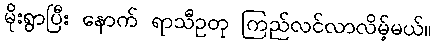
မိုးရွာပြီး နောက် ရာသီဥတု ကြည်လင်လာလိမ့်မယ်။